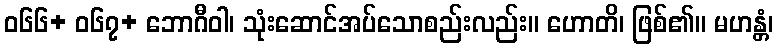
ဝ၆၆+ ဝ၆၇+ ဘောဂီဝါ၊ သုံးဆောင်အပ်သောစည်းလည်း။ ဟောတိ၊ ဖြစ်၏။ မဟန္တံ၊